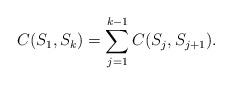
LaTeX: \begin{align*}C(S_1,S_k)= \sum_{j=1}^{k-1} C(S_j,S_{j+1}).\end{align*}